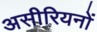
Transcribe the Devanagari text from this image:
असीरियनों